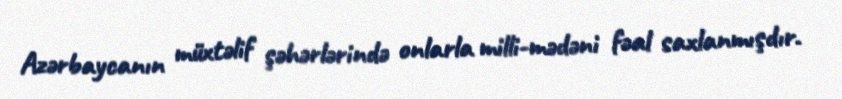
Azərbaycanın müxtəlif şəhərlərində onlarla milli-mədəni fəal saxlanmışdır.